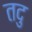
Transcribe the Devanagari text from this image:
तदु